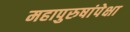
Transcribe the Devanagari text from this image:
महापुरुषांपेक्षा